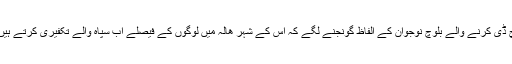
میرے ذہن میں ھالہ سے تعلق رکھنے والے ایک سوشیالوجی میں پی ایچ ڈی کرنے والے بلوچ نوجوان کے الفاظ گونجنے لگے کہ اس کے شہر ھالہ میں لوگوں کے فیصلے اب سپاہ والے تکفیری کرتے ہیں اور ان کے مدارس کے جال دیکھتے ہی دیکھتے پھیلتے جارہے ہیں ۔